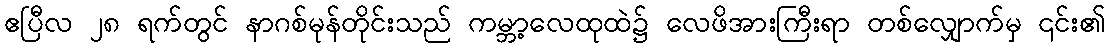
ဧပြီလ ၂၈ ရက်တွင် နာဂစ်မုန်တိုင်းသည် ကမ္ဘာ့လေထုထဲ၌ လေဖိအားကြီးရာ တစ်လျှောက်မှ ၎င်း၏